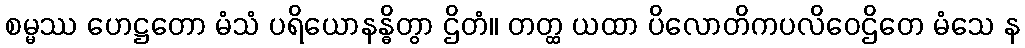
စမ္မဿ ဟေဋ္ဌတော မံသံ ပရိယောနန္ဓိတွာ ဌိတံ။ တတ္ထ ယထာ ပိလောတိကပလိဝေဌိတေ မံသေ န